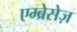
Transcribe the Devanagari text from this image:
एम्ब्रेसेज़